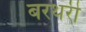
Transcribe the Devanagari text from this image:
बरथरी